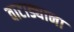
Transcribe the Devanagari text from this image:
वाटाड्याना